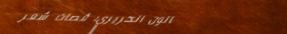
صالون الحريري: قصّات شعر